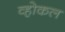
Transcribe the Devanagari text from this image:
व्होकल